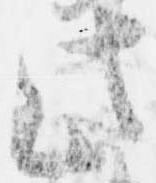
此